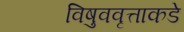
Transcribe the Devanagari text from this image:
विषुववृत्ताकडे